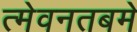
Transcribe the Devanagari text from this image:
त्मेवनतबमे